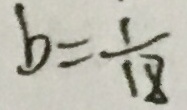
b = \frac { 1 } { 1 8 }